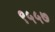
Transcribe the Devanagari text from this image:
९५५७